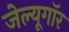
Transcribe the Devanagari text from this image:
जेल्यूगॉर